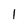
Character: 1